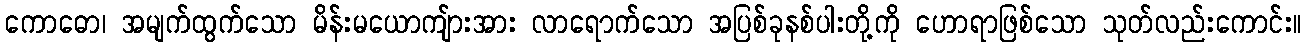
ကောဓော၊ အမျက်ထွက်သော မိန်းမယောကျ်ားအား လာရောက်သော အပြစ်ခုနစ်ပါးတို့ကို ဟောရာဖြစ်သော သုတ်လည်းကောင်း။